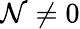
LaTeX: \mathcal{N}\neq0